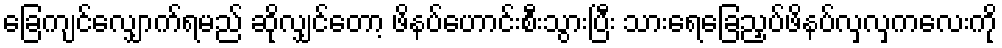
ခြေကျင်လျှောက်ရမည် ဆိုလျှင်တော့ ဖိနပ်ဟောင်းစီးသွားပြီး သားရေခြေညှပ်ဖိနပ်လှလှကလေးကို